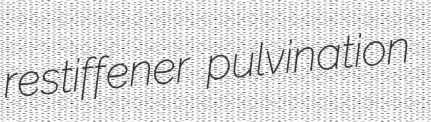
restiffener pulvination